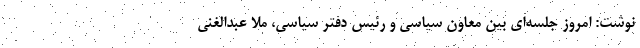
نوشت: امروز جلسه‌ای بین معاون سیاسی و رئیس دفتر سیاسی، ملا عبدالغنی